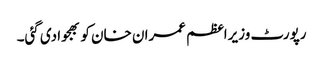
رپورٹ وزیراعظم عمران خان کو بھجوادی گئی۔